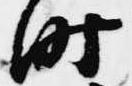
時